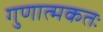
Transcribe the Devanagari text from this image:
गुणात्मकतः